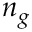
n _ { g }